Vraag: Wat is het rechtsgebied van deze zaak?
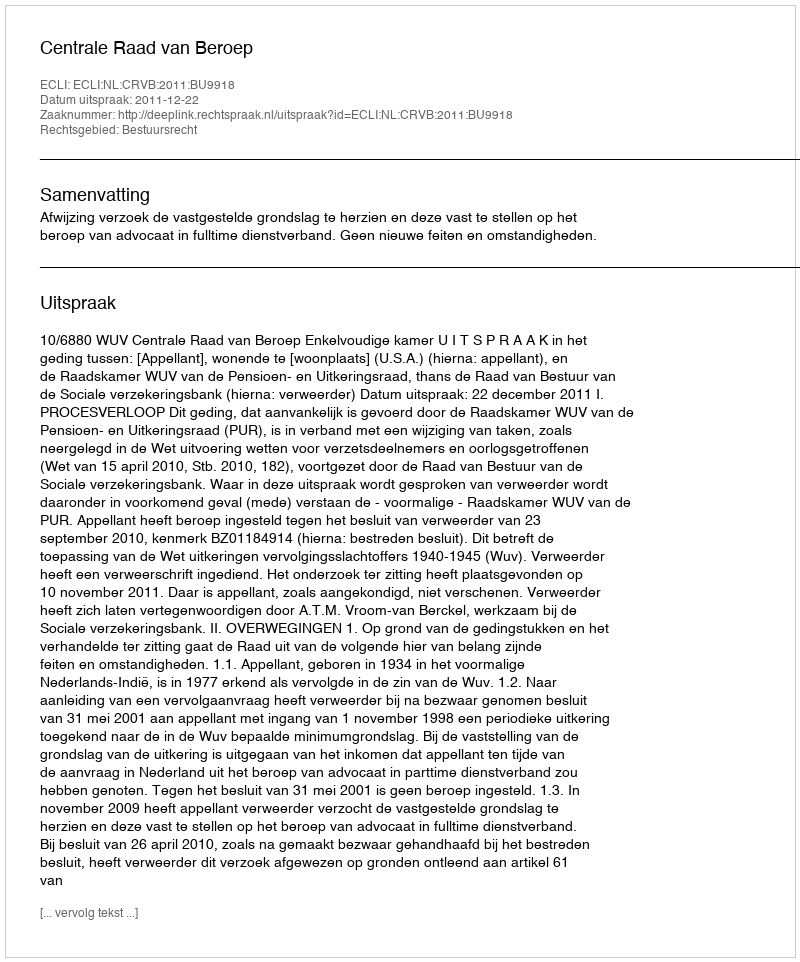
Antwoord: Bestuursrecht